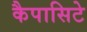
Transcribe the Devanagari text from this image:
कैपासिटे